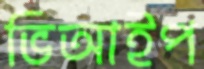
ভিআইপ